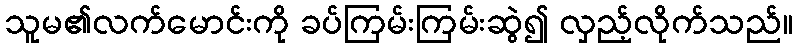
သူမ၏လက်မောင်းကို ခပ်ကြမ်းကြမ်းဆွဲ၍ လှည့်လိုက်သည်။